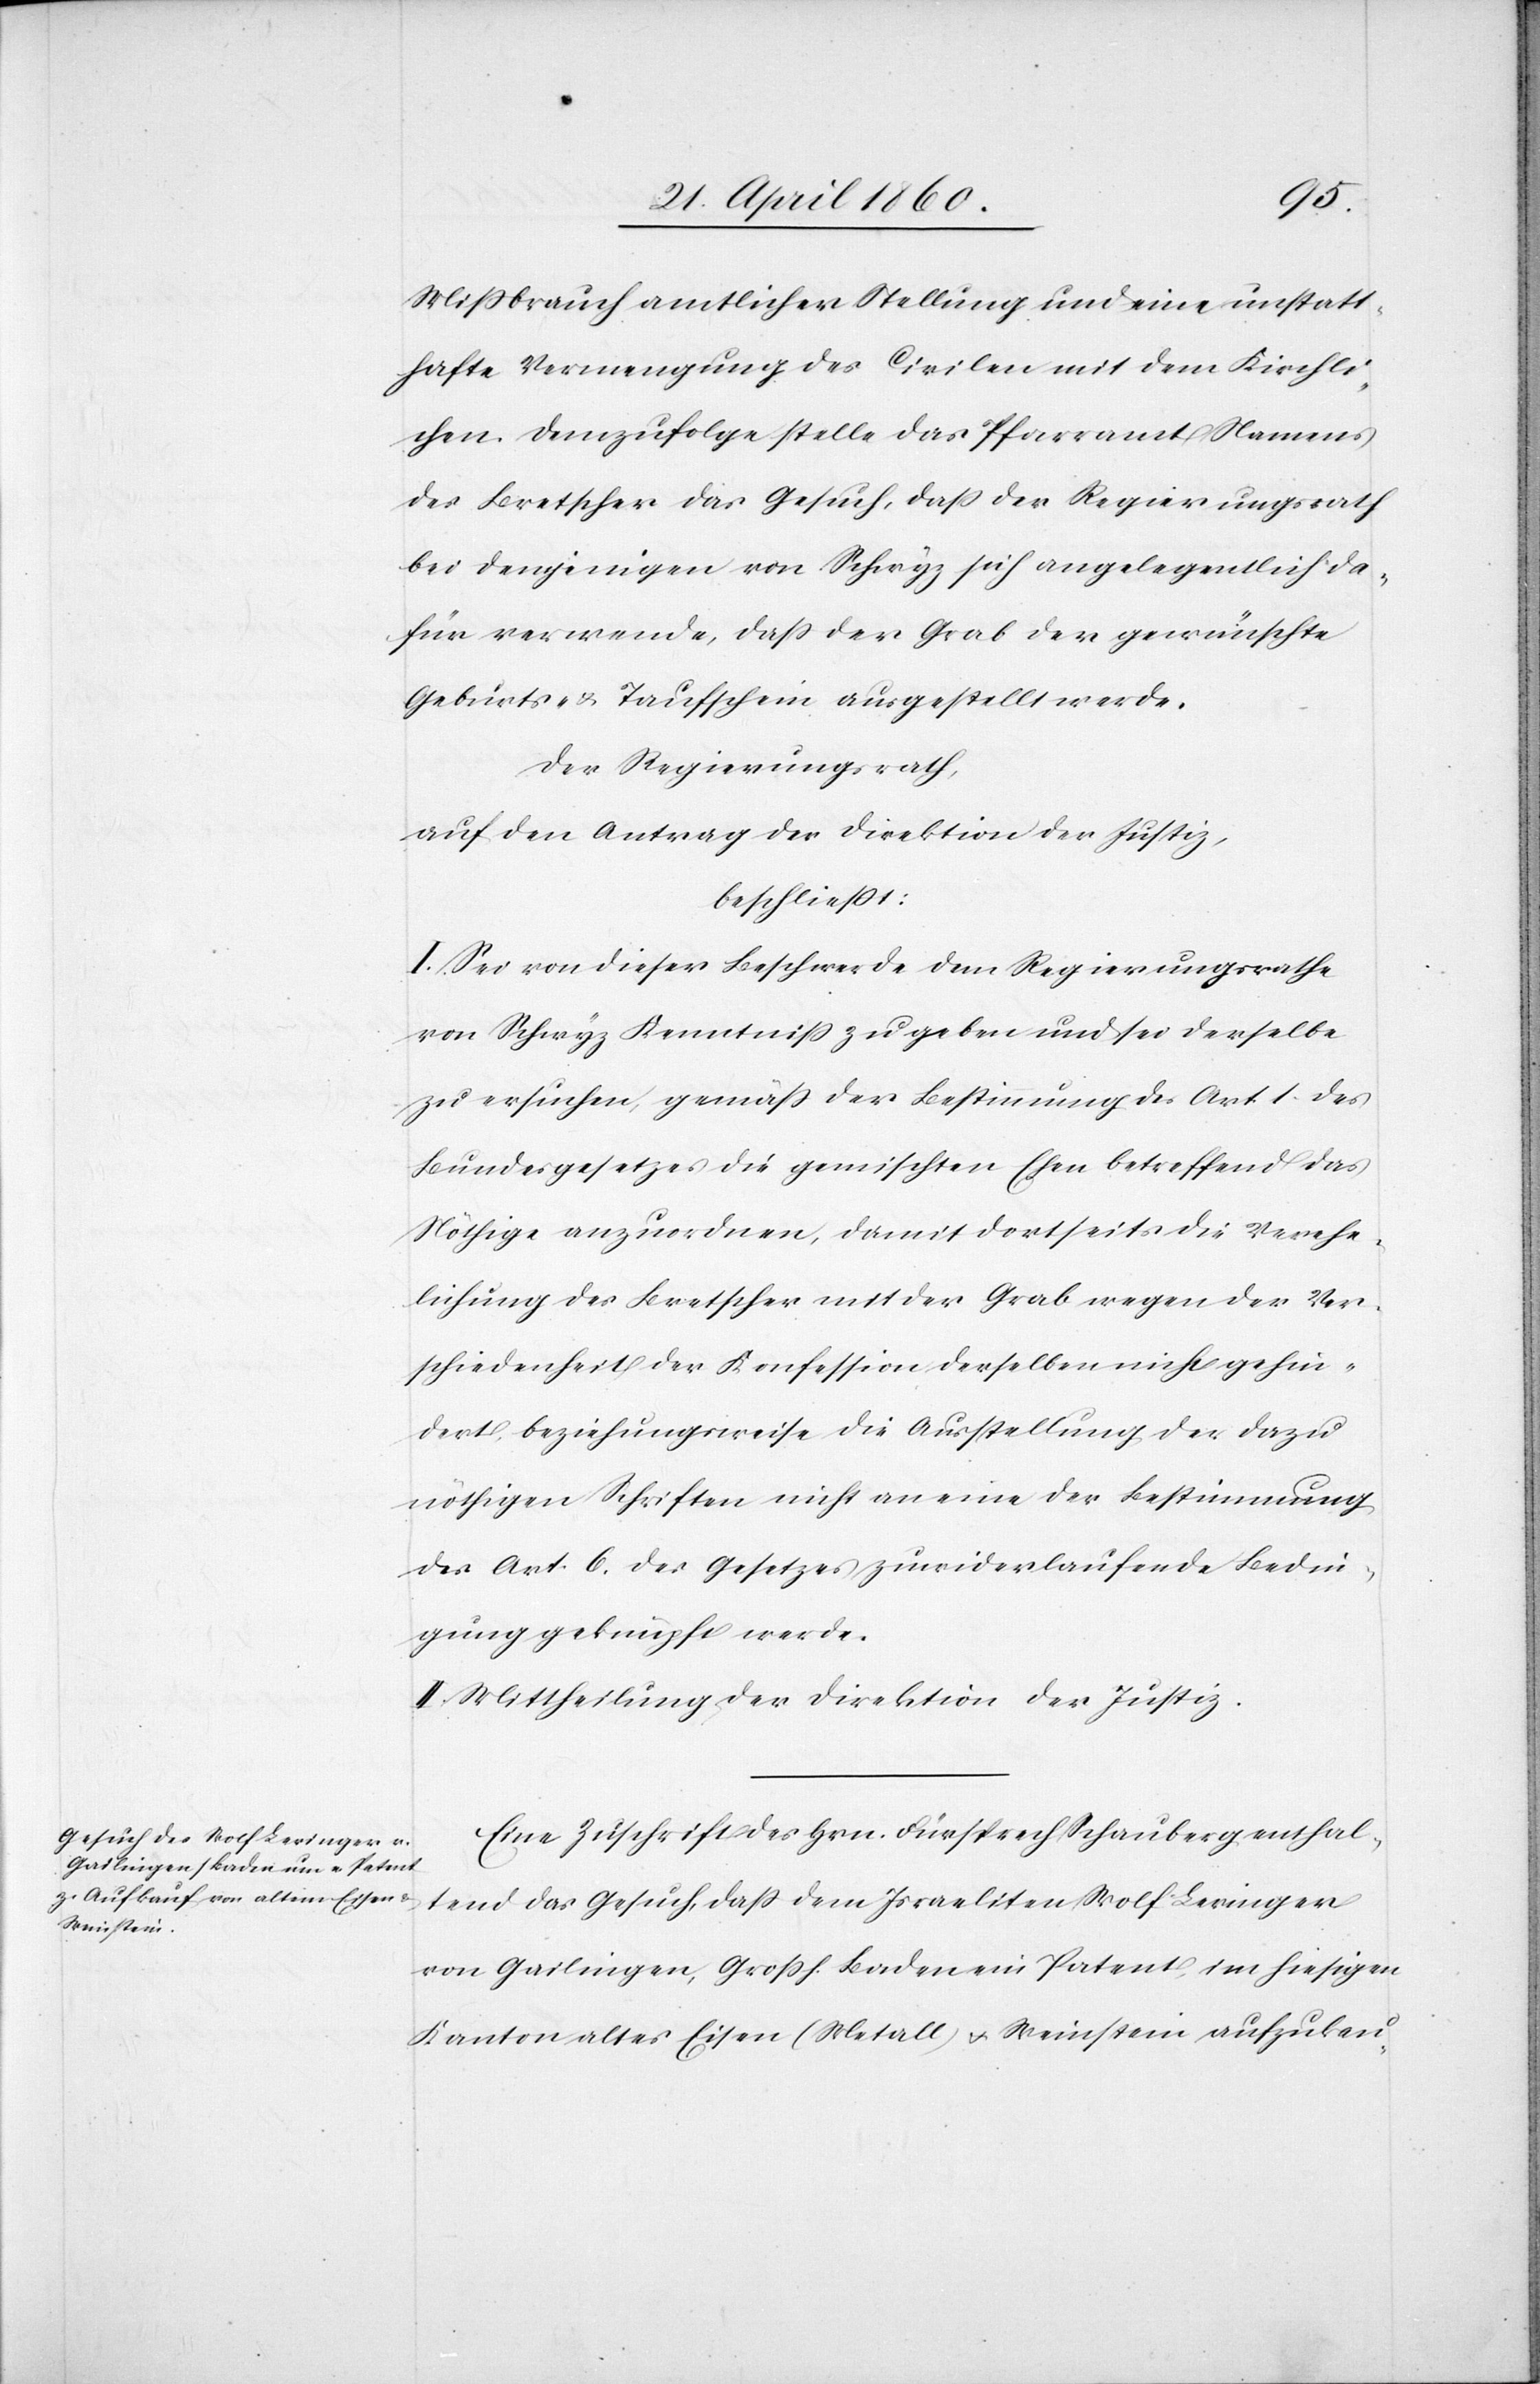
Mißbrauch amtlicher Stellung und eine unstatt¬
hafte Vermengung des Civilen mit dem Kirchli¬
chen. Demzufolge stelle das Pfarramt Namens
des Bretscher das Gesuch, daß der Regierungsrath
bei denjenigen von Schwyz sich angelegentlich da¬
für verwende, dass der Grab der gewünschte
Geburts- u. Taufschein ausgestellt werde.
Der Regierungsrath,
auf den Antrag der Direktion der Justiz,
beschliesst:
I. Sei von dieser Beschwerde dem Regierungsrathe
von Schwyz Kenntniss zu geben und sei derselbe
zu ersuchen, gemäss der Bestimmung des Art. 1. des
Bundesgesetzes die gemischten Ehen betreffend das
Nöthige anzuordnen, damit dortseits die Verehe¬
lichung des Bretscher mit der Grab wegen der Ver¬
schiedenheit der Konfession derselben nicht gehin¬
dert, beziehungsweise die Ausstellung der dazu
nöthigen Schriften nicht an eine der Bestimmung
des Art. 6. des Gesetzes zuwiderlaufende Bedin¬
gung geknüpft werde.
II. Mittheilung der Direktion der Justiz.
Eine Zuschrift des Hrn. Fürsprech Schauberg enthal¬
tend das Gesuch, daß dem Israeliten Wolf [sic!] Beringer
von Gailingen, Grossh. Baden ein Patent im hiesigen
Kanton altes Eisen (Metall) u. Weinstein aufzukau-